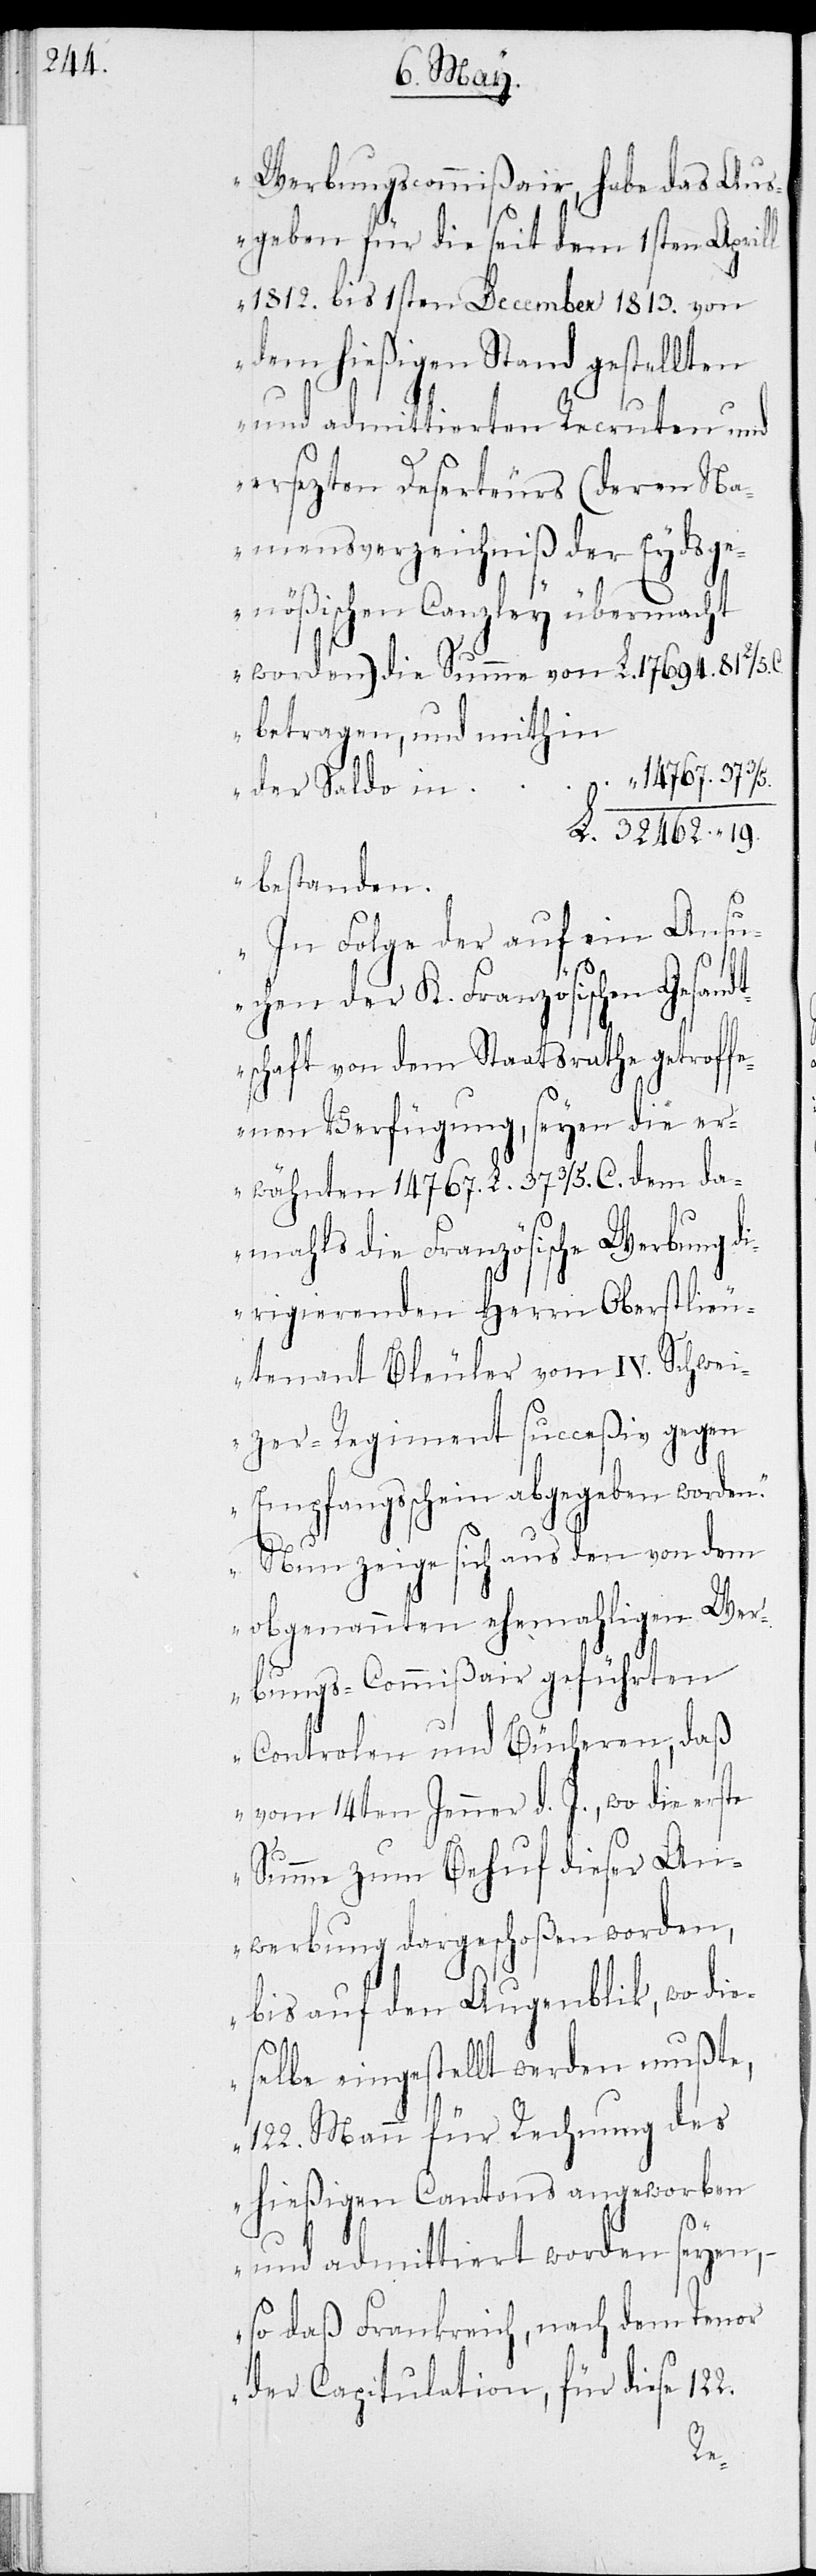
Werbungscommißair, habe das Aus¬
geben für die seit dem 1sten Aprill
1812. bis 1sten December 1813. von
dem hießigen Stand gestellten
und admittierten Recruten und
ersezten Deserteurs (deren Na¬
mensverzeichniß der Eydsge¬
nößischen Canzley übermacht
worden) die Summe von L. 17694.81 2/5
betragen, und mithin
14767.37 3/5
der Saldo in	L.
32462.19.
bestanden.
In Folge der auf ein Ansu¬
chen der K. Französischen Gesandt¬
schaft von dem Staatsrathe getroff¬
enen Verfügung, seyen die er¬
wähnten 14767 L. 37 3/5 C. dem da¬
mals die Französische Werbung d¬
irigierenden Herrn Oberstlieu¬
tenant Bleuler vom IV. Schwei¬
zerregiment succeßiv gegen
Empfangsschein abgegeben worden.
Nun zeige sich aus den von dem
obgenannten ehemaligen Wer¬
bungs-Commißair geführten
Controlen und Bücheren, daß
vom 14ten Jenner d. J., wo die erste
Summe zum Behuf dieser An¬
werbung dargeschoßen worden,
bis auf den Augenblik, wo die¬
selbe eingestellt werden mußte,
122. Mann für Rechnung des
hießigen Cantons angeworben
122.
und admittiert worden seyen, –
so daß Frankreich, nach dem Tenor
der Capitulation, für diese